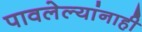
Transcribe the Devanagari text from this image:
पावलेल्यांनाही